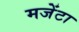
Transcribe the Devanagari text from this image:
मजेंटा